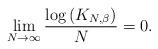
LaTeX: \begin{align*} \lim_{N \to \infty} \frac{\log \left( K_{N, \beta} \right)}{N} = 0.\end{align*}